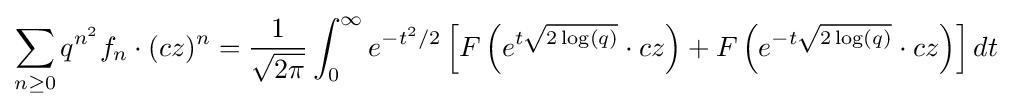
\sum _{n\geq 0}q^{n^{2}}f_{n}\cdot (cz)^{n}={\frac {1}{\sqrt {2\pi }}}\int _{0}^{\infty }e^{-t^{2}/2}\left[F\left(e^{t{\sqrt {2\log(q)}}}\cdot cz\right)+F\left(e^{-t{\sqrt {2\log(q)}}}\cdot cz\right)\right]dt